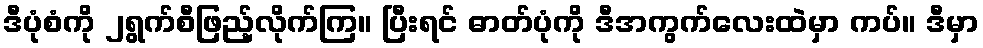
ဒီပုံစံကို ၂ရွက်စီဖြည့်လိုက်ကြ။ ပြီးရင် ဓာတ်ပုံကို ဒီအကွက်လေးထဲမှာ ကပ်။ ဒီမှာ